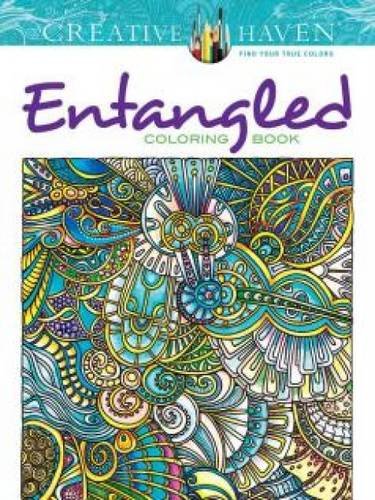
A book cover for Creative Haven Entangled Coloring Book (Creative Haven Coloring Books); Dr. Angela Porter; Crafts, Hobbies & Home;